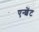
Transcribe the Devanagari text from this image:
एन्शेंट